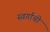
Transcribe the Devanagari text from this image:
स्वर्गाची